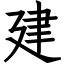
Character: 建